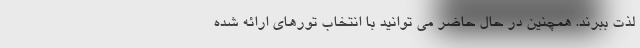
لذت ببرند. همچنین در حال حاضر می توانید با انتخاب تورهای ارائه شده